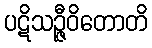
ပဋိသဉ္ဇီဝိတောတိ